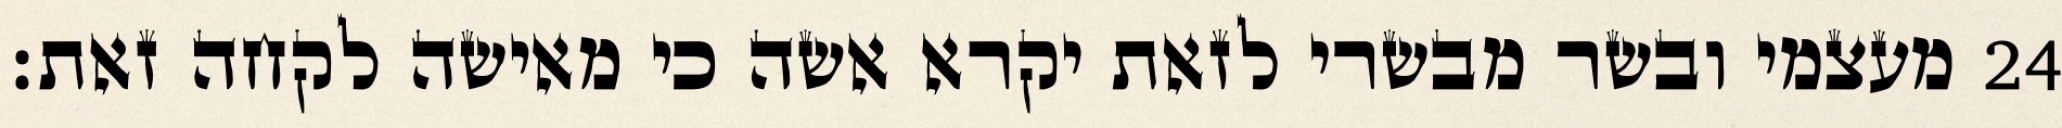
מעצמי ובשר מבשרי לזאת יקרא אשה כי מאישה לקחה זאת׃ ‎24‏